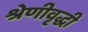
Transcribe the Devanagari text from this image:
श्रेणीवृद्धी